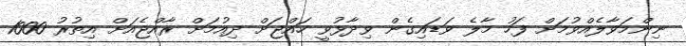
ނިންމަވާލެއްވުމަށް ފަހު މާލެ ވަޑައިގެން ވިދާޅުވީ ހައްޖަށް ދިއުމަށް ރާއްޖެއަށް އިތުރު 1000